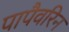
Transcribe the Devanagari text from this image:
पापैवरिन